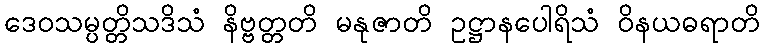
ဒေဝသမ္ပတ္တိသဒိသံ နိဗ္ဗတ္တတိ မနုဇာတိ ဥဋ္ဌာနပေါရိသံ ဝိနယဓရာတိ